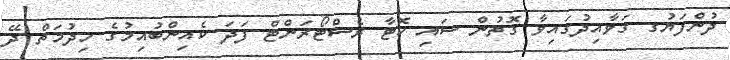
ދުންފަޔުގ ގަވާއިދުގައިވާ ގޮތުން ސައި ހޮޓާ ރެސްޓޯރަންޓް ފަދަ ކެއިންބުއިމުގެ ހިދުމަތް ދޭ